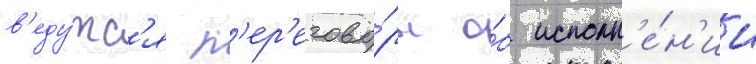
в'еду́тс'я п'ер'егово́ры о́б исполн'е́н'ии